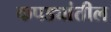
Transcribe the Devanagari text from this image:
कपड्यांतील